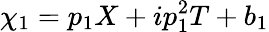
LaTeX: \chi_{1}=p_{1}X+ip_{1}^{2}T+b_{1}